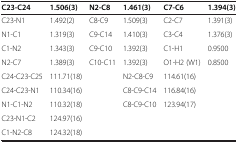
| C23-C24 | 1.506(3) | N2-C8 | 1.461(3) | C7-C6 | 1.394(3) |
 | --- | --- | --- | --- | --- | --- |
 | C23-N1 | 1.492(2) | C8-C9 | 1.509(3) | C2-C7 | 1.391(3) |
 | N1-C1 | 1.319(3) | C9-C14 | 1.410(3) | C3-C4 | 1.376(3) |
 | C1-N2 | 1.343(3) | C9-C10 | 1.392(3) | C1-H1 | 0.9500 |
 | N2-C7 | 1.389(3) | C10-C11 | 1.392(3) | O1-H2 (W1) | 0.8500 |
 | C24-C23-C25 | 111.71(18) |  | N2-C8-C9 | 114.61(16) |  |
 | C24-C23-N1 | 110.34(16) |  | C8-C9-C14 | 116.84(16) |  |
 | N1-C1-N2 | 110.32(18) |  | C8-C9-C10 | 123.94(17) |  |
 | C23-N1-C2 | 124.97(16) |  |  |  |  |
 | C1-N2-C8 | 124.32(18) |  |  |  |  |